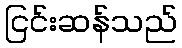
ငြင်းဆန်သည်